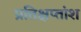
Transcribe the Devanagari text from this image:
प्रतिक्षप्तांश